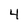
Character: 4